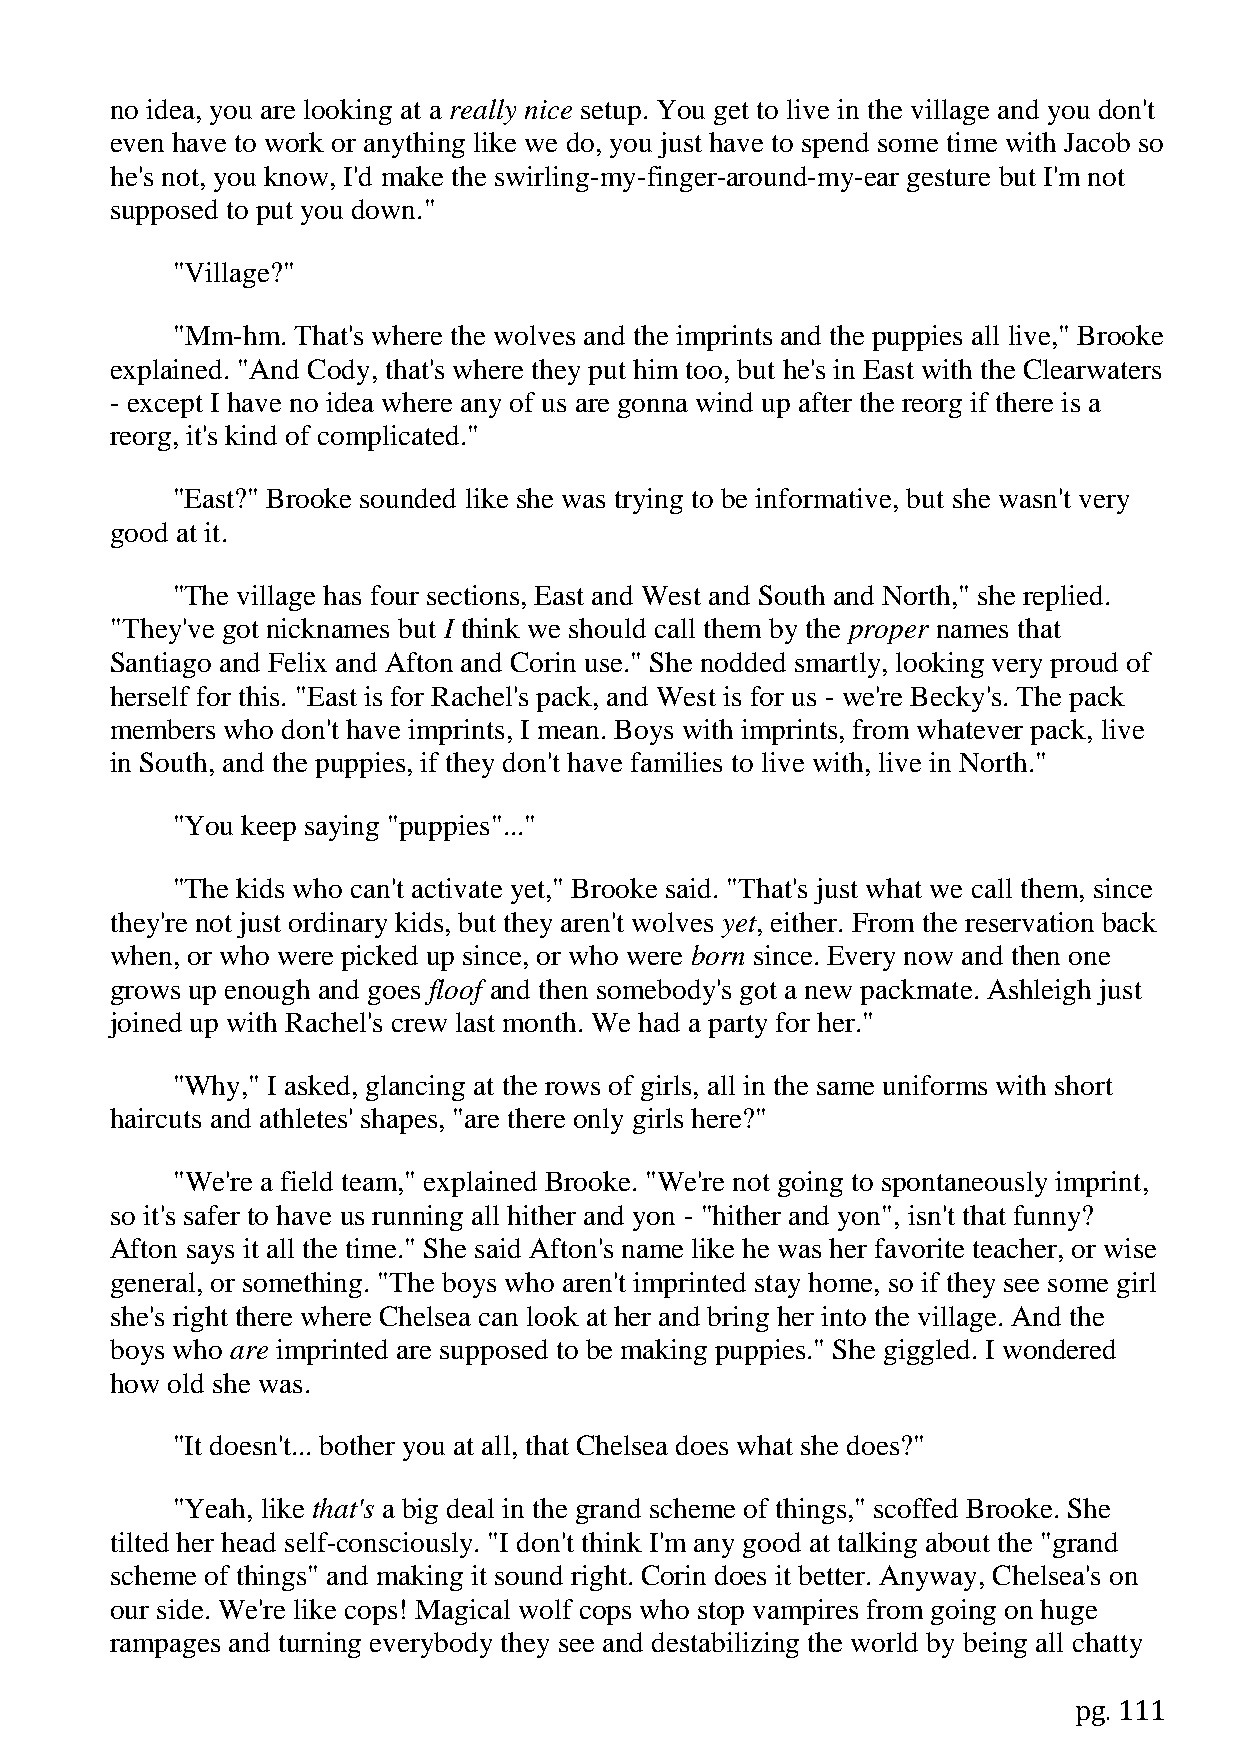
no idea, you are looking at a really nice setup. You get to live in the village and you don't
 even have to work or anything like we do, you just have to spend some time with Jacob so
 he's not, you know, I'd make the swirling-my-finger-around-my-ear gesture but I'm not
 supposed to put you down."
 "Village?"
 "Mm-hm. That's where the wolves and the imprints and the puppies all live," Brooke
 explained. "And Cody, that's where they put him too, but he's in East with the Clearwaters
 - except I have no idea where any of us are gonna wind up after the reorg if there is a
 reorg, it's kind of complicated."
 "East?" Brooke sounded like she was trying to be informative, but she wasn't very
 good at it.
 "The village has four sections, East and West and South and North," she replied.
 "They've got nicknames but I think we should call them by the proper names that
 Santiago and Felix and Afton and Corin use." She nodded smartly, looking very proud of
 herself for this. "East is for Rachel's pack, and West is for us - we're Becky's. The pack
 members who don't have imprints, I mean. Boys with imprints, from whatever pack, live
 in South, and the puppies, if they don't have families to live with, live in North."
 "You keep saying "puppies"..."
 "The kids who can't activate yet," Brooke said. "That's just what we call them, since
 they're not just ordinary kids, but they aren't wolves yet, either. From the reservation back
 when, or who were picked up since, or who were born since. Every now and then one
 grows up enough and goes floof and then somebody's got a new packmate. Ashleigh just
 joined up with Rachel's crew last month. We had a party for her."
 "Why," I asked, glancing at the rows of girls, all in the same uniforms with short
 haircuts and athletes' shapes, "are there only girls here?"
 "We're a field team," explained Brooke. "We're not going to spontaneously imprint,
 so it's safer to have us running all hither and yon - "hither and yon", isn't that funny?
 Afton says it all the time." She said Afton's name like he was her favorite teacher, or wise
 general, or something. "The boys who aren't imprinted stay home, so if they see some girl
 she's right there where Chelsea can look at her and bring her into the village. And the
 boys who are imprinted are supposed to be making puppies." She giggled. I wondered
 how old she was.
 "It doesn't... bother you at all, that Chelsea does what she does?"
 "Yeah, like that's a big deal in the grand scheme of things," scoffed Brooke. She
 tilted her head self-consciously. "I don't think I'm any good at talking about the "grand
 scheme of things" and making it sound right. Corin does it better. Anyway, Chelsea's on
 our side. We're like cops! Magical wolf cops who stop vampires from going on huge
 rampages and turning everybody they see and destabilizing the world by being all chatty
 pg. 111